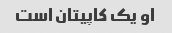
او یک کاپیتان است